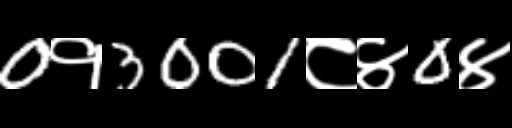
Text: 0१3001८४0४